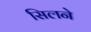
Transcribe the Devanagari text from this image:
सिलने